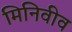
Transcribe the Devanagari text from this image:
मिनिवीव